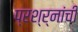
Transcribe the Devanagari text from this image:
प्रश्र्नांची